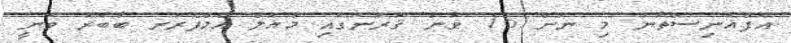
އަފްޣާނިސްތާނު މި ނަން 16 ވަނަ ޤަރުނުގައި މުޣަލް އެމްޕެރަރ ބާބަރު ވަނީ